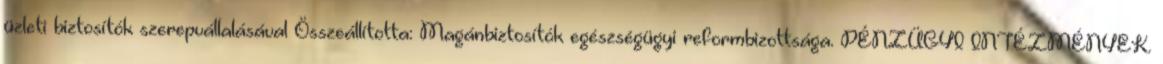
üzleti biztosítók szerepvállalásával Összeállította: Magánbiztosítók egészségügyi reformbizottsága. PÉNZÜGYI INTÉZMÉNYEK.